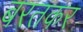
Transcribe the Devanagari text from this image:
बरतकर